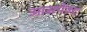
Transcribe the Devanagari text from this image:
आसपेक्ट